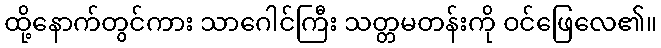
ထို့နောက်တွင်ကား သာဂေါင်ကြီး သတ္တမတန်းကို ဝင်ဖြေလေ၏။